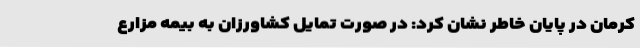
کرمان در پایان خاطر نشان کرد: در صورت تمایل کشاورزان به بیمه مزارع